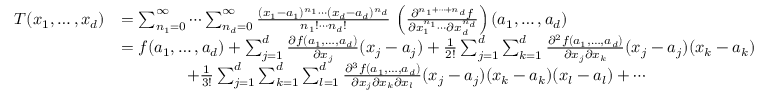
{ \begin{array} { r l } { T ( x _ { 1 } , \ldots , x _ { d } ) } & { = \sum _ { n _ { 1 } = 0 } ^ { \infty } \cdots \sum _ { n _ { d } = 0 } ^ { \infty } { \frac { ( x _ { 1 } - a _ { 1 } ) ^ { n _ { 1 } } \cdots ( x _ { d } - a _ { d } ) ^ { n _ { d } } } { n _ { 1 } ! \cdots n _ { d } ! } } \, \left( { \frac { \partial ^ { n _ { 1 } + \cdots + n _ { d } } f } { \partial x _ { 1 } ^ { n _ { 1 } } \cdots \partial x _ { d } ^ { n _ { d } } } } \right) ( a _ { 1 } , \ldots , a _ { d } ) } \\ & { = f ( a _ { 1 } , \ldots , a _ { d } ) + \sum _ { j = 1 } ^ { d } { \frac { \partial f ( a _ { 1 } , \ldots , a _ { d } ) } { \partial x _ { j } } } ( x _ { j } - a _ { j } ) + { \frac { 1 } { 2 ! } } \sum _ { j = 1 } ^ { d } \sum _ { k = 1 } ^ { d } { \frac { \partial ^ { 2 } f ( a _ { 1 } , \ldots , a _ { d } ) } { \partial x _ { j } \partial x _ { k } } } ( x _ { j } - a _ { j } ) ( x _ { k } - a _ { k } ) } \\ & { \qquad \qquad + { \frac { 1 } { 3 ! } } \sum _ { j = 1 } ^ { d } \sum _ { k = 1 } ^ { d } \sum _ { l = 1 } ^ { d } { \frac { \partial ^ { 3 } f ( a _ { 1 } , \ldots , a _ { d } ) } { \partial x _ { j } \partial x _ { k } \partial x _ { l } } } ( x _ { j } - a _ { j } ) ( x _ { k } - a _ { k } ) ( x _ { l } - a _ { l } ) + \cdots } \end{array} }